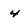
Character: 4